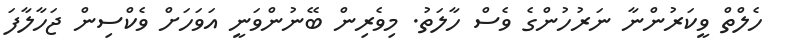
ހެލްތް ވީކަރުންނާ ނަރުހުންގެ ވެސް ހާލަތު. މިވެރިން ބޭނުންވަނީ އަވަހަށް ވެކްސިން ޖަހާލާފަ